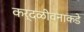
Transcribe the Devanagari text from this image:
कर्दळीवनाकडे